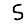
Digit: 5